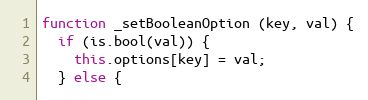
Language: JavaScript
function _setBooleanOption (key, val) {
  if (is.bool(val)) {
    this.options[key] = val;
  } else {